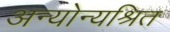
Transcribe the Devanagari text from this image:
अन्योन्यश्रित